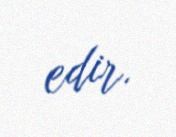
edir.